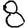
Digit: 8